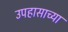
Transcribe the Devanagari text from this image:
उपहासाच्या